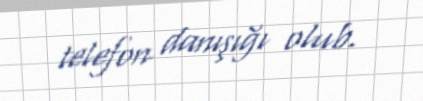
telefon danışığı olub.